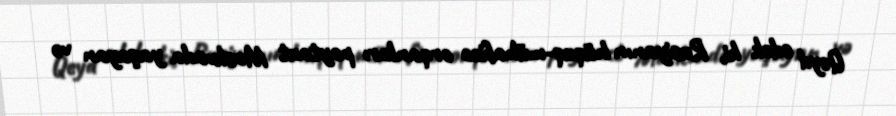
Qeyd edək ki, Rusiyanın hüquq-mühafizə orqanları paytaxt Moskvada yaşayan və